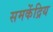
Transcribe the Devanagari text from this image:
समकेंद्रिय